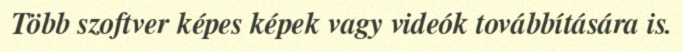
Több szoftver képes képek vagy videók továbbítására is.